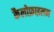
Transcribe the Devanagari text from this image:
कैलोफ़ाइलम